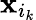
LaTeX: \mathbf{x}_{i_{k}}